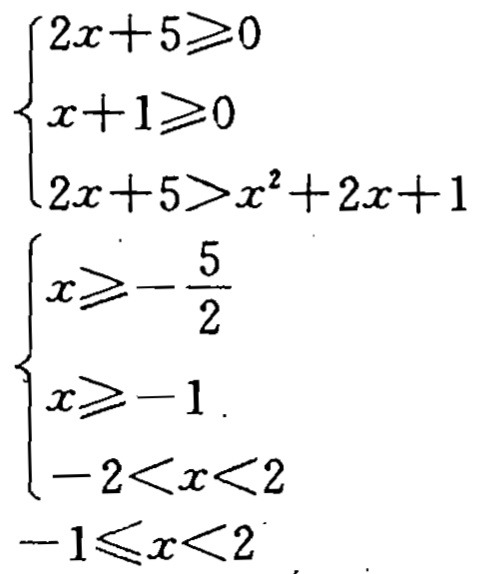
\[
\begin{cases}
2x + 5 \geq 0 \\
x + 1 \geq 0 \\
2x + 5 > x^{2} + 2x + 1 \\
x \geq -\frac{5}{2} \\
x \geq -1 \\
-2 < x < 2 \\
-1 \leq x < 2
\end{cases}
\]